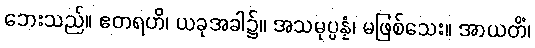
ဘေးသည်။ ဧတရဟိ၊ ယခုအခါ၌။ အသမုပ္ပန္နံ၊ မဖြစ်သေး။ အာယတိံ၊